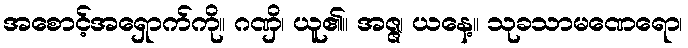
အစောင့်အရှောက်ကို။ ဂဏှိ၊ ယူ၏။ အဇ္ဇ၊ ယနေ့။ သုခသာမဏေရော၊